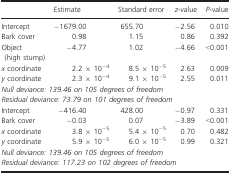
|  | Estimate | Standard error | z‐value | P‐value |
 | --- | --- | --- | --- | --- |
 | Intercept | −1679.00 | 655.70 | −2.56 | 0.010 |
 | Bark cover | 0.98 | 1.15 | 0.86 | 0.392 |
 | Object (high stump) | −4.77 | 1.02 | −4.66 | <0.001 |
 | x coordinate | 2.2 × 10−4 | 8.5 × 10−5 | 2.63 | 0.009 |
 | y coordinate | 2.3 × 10−4 | 9.1 × 10−5 | 2.55 | 0.011 |
 | <COLSPAN=5> Null deviance: 139.46 on 105 degrees of freedomResidual deviance: 73.79 on 101 degrees of freedom |
 | Intercept | −416.40 | 428.00 | −0.97 | 0.331 |
 | Bark cover | −0.03 | 0.07 | −3.89 | <0.001 |
 | x coordinate | 3.8 × 10−5 | 5.4 × 10−5 | 0.70 | 0.482 |
 | y coordinate | 5.9 × 10−5 | 6.0 × 10−5 | 0.99 | 0.321 |
 | <COLSPAN=5> Null deviance: 139.46 on 105 degrees of freedomResidual deviance: 117.23 on 102 degrees of freedom |